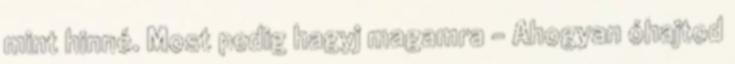
mint hinné. Most pedig hagyj magamra - Ahogyan óhajtod